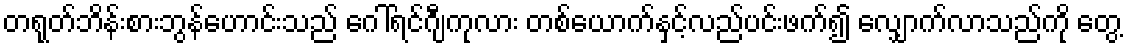
တရုတ်ဘိန်းစားဘွန်ဟောင်းသည် ဂေါ်ရင်ဂျီကုလား တစ်ယောက်နှင့်လည်ပင်းဖက်၍ လျှောက်လာသည်ကို တွေ့